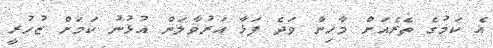
އެ ކަމުގެ ތެރެއަށް މާހިން ވަދެ ފަޅާ އަރުވާލަން އުޅުނު ކަމަށް ޒުހުރީ